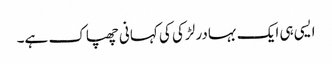
ایسی ہی ایک بہادر لڑکی کی کہانی چھپاک ہے۔